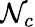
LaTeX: \mathcal{N}_{c}